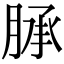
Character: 𦜎